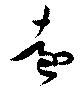
遠